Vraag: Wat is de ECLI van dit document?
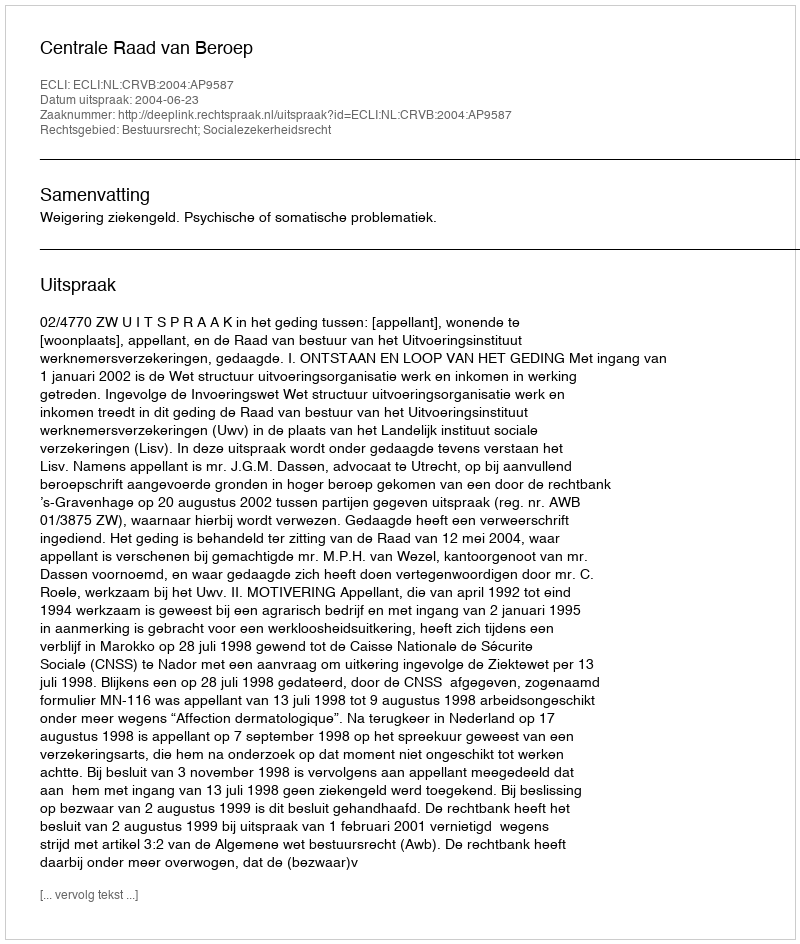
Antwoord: ECLI:NL:CRVB:2004:AP9587